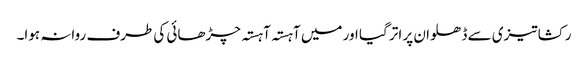
رکشا تیزی سے ڈھلوان پر اتر گیا اور میں آہستہ آہستہ چڑھائی کی طرف روانہ ہوا۔